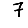
Digit: 7